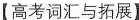
【高考词汇与拓展】